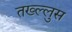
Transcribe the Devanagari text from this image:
तख्ल्लुस